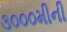
૩૦૦૦મીની